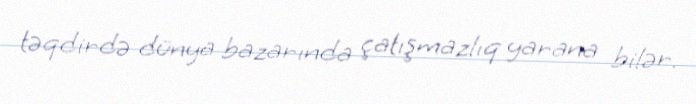
təqdirdə dünya bazarında çatışmazlıq yarana bilər.